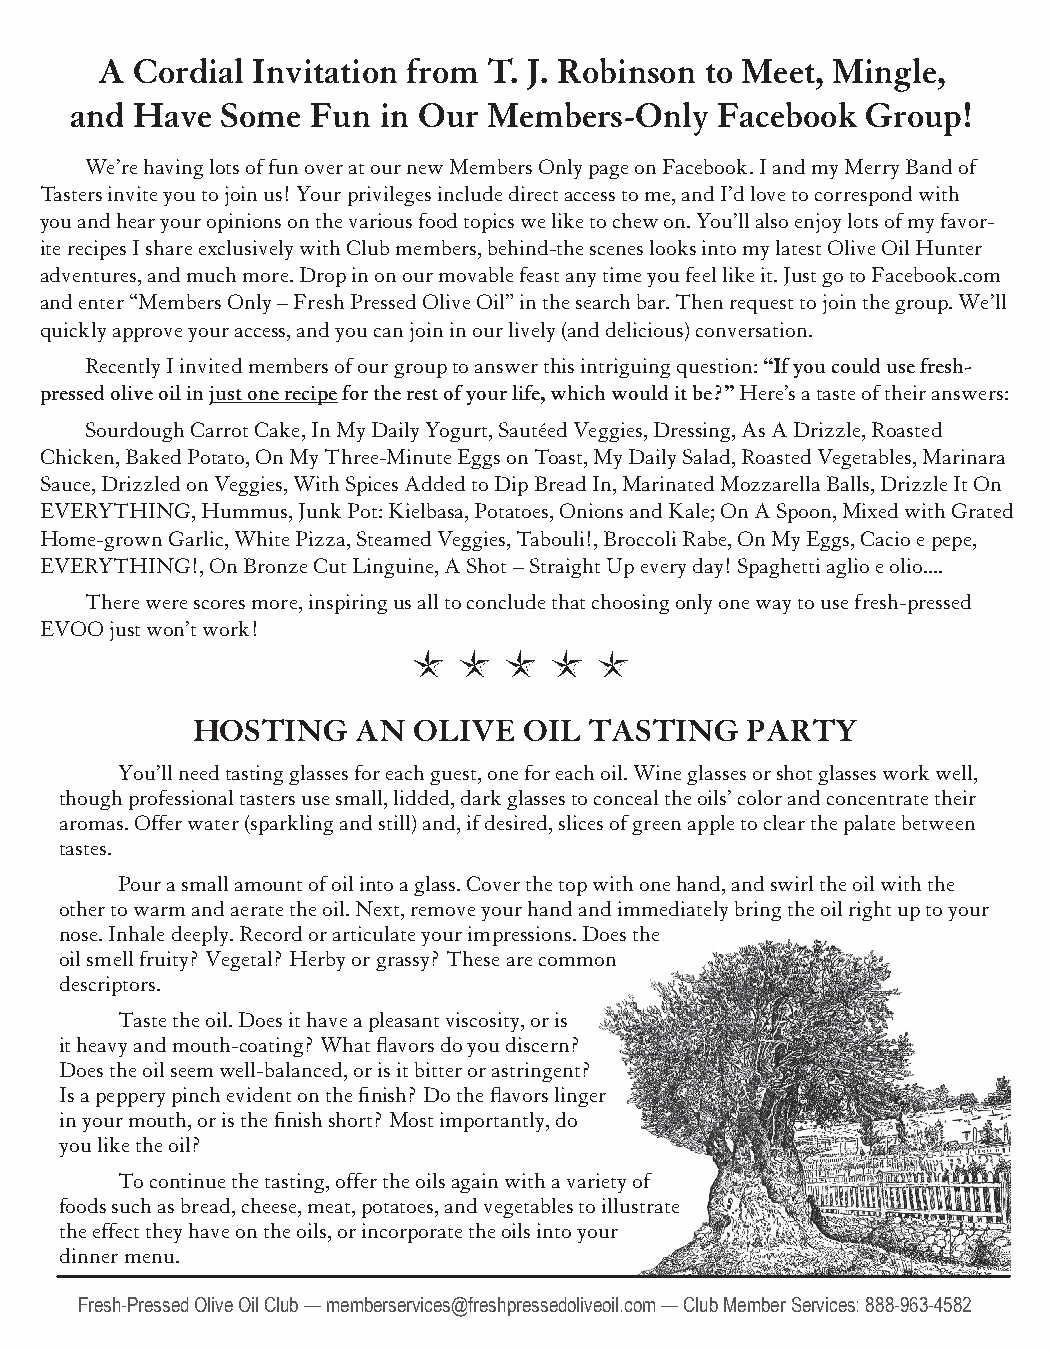
A  Cordial Invitation from T. J. Robinson to Meet, Mingle,
 and Have  Some  Fun in Our Members-Only   Facebook  Group!
 We’re having lots of fun over at our new Members Only page on Facebook. I and my Merry Band of
 Tasters invite you to join us! Your privileges include direct access to me, and I’d love to correspond with
 you and hear your opinions on the various food topics we like to chew on. You’ll also enjoy lots of my favor-
 ite recipes I share exclusively with Club members, behind-the scenes looks into my latest Olive Oil Hunter
 adventures, and much more. Drop in on our movable feast any time you feel like it. Just go to Facebook.com
 and enter “Members Only – Fresh Pressed Olive Oil” in the search bar. Then request to join the group. We’ll
 quickly approve your access, and you can join in our lively (and delicious) conversation.
 Recently I invited members of our group to answer this intriguing question: “If you could use fresh-
 pressed olive oil in just one recipe for the rest of your life, which would it be?” Here’s a taste of their answers:
 Sourdough Carrot Cake, In My Daily Yogurt, Sautéed Veggies, Dressing, As A Drizzle, Roasted
 Chicken, Baked Potato, On My Three-Minute Eggs on Toast, My Daily Salad, Roasted Vegetables, Marinara
 Sauce, Drizzled on Veggies, With Spices Added to Dip Bread In, Marinated Mozzarella Balls, Drizzle It On
 EVERYTHING, Hummus, Junk Pot: Kielbasa, Potatoes, Onions and Kale; On A Spoon, Mixed with Grated
 Home-grown Garlic, White Pizza, Steamed Veggies, Tabouli!, Broccoli Rabe, On My Eggs, Cacio e pepe,
 EVERYTHING!, On Bronze Cut Linguine, A Shot – Straight Up every day! Spaghetti aglio e olio....
 There were scores more, inspiring us all to conclude that choosing only one way to use fresh-pressed
 EVOO just won’t work!
 HOSTING    AN OLIVE   OIL TASTING   PARTY
 You’ll need tasting glasses for each guest, one for each oil. Wine glasses or shot glasses work well,
 though professional tasters use small, lidded, dark glasses to conceal the oils’ color and concentrate their
 aromas. Offer water (sparkling and still) and, if desired, slices of green apple to clear the palate between
 tastes.
 Pour a small amount of oil into a glass. Cover the top with one hand, and swirl the oil with the
 other to warm and aerate the oil. Next, remove your hand and immediately bring the oil right up to your
 nose. Inhale deeply. Record or articulate your impressions. Does the
 oil smell fruity? Vegetal? Herby or grassy? These are common
 descriptors.
 Taste the oil. Does it have a pleasant viscosity, or is
 it heavy and mouth-coating? What flavors do you discern?
 Does the oil seem well-balanced, or is it bitter or astringent?
 Is a peppery pinch evident on the finish? Do the flavors linger
 in your mouth, or is the finish short? Most importantly, do
 you like the oil?
 To continue the tasting, offer the oils again with a variety of
 foods such as bread, cheese, meat, potatoes, and vegetables to illustrate
 the effect they have on the oils, or incorporate the oils into your
 dinner menu.
 Fresh-Pressed Olive Oil Club — memberservices@freshpressedoliveoil.com — Club Member Services: 888-963-4582